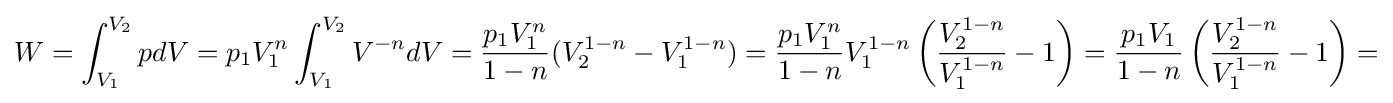
W=\int _{V_{1}}^{V_{2}}pdV=p_{1}V_{1}^{n}\int _{V_{1}}^{V_{2}}V^{-n}dV={\frac {p_{1}V_{1}^{n}}{1-n}}(V_{2}^{1-n}-V_{1}^{1-n})={\frac {p_{1}V_{1}^{n}}{1-n}}V_{1}^{1-n}\left({\frac {V_{2}^{1-n}}{V_{1}^{1-n}}}-1\right)={\frac {p_{1}V_{1}}{1-n}}\left({\frac {V_{2}^{1-n}}{V_{1}^{1-n}}}-1\right)=